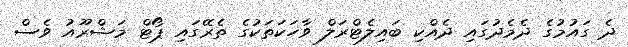
ދެ ގައުމުގެ ދެމެދުގައި ދެއްކި ބައިލެޓްރަލް ވާހަކަތަކުގެ ތެރޭގައި ޕޯޓް މަޝްރޫއު ވެސް